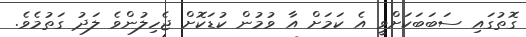
ގޮތުގައި ސަބަބަކަށްވީ އެ ކަމަށް އާ ވުމުން ކުޑަކޮށް ޖެހިލުންވެ ލަދު ގަތުމެވެ.